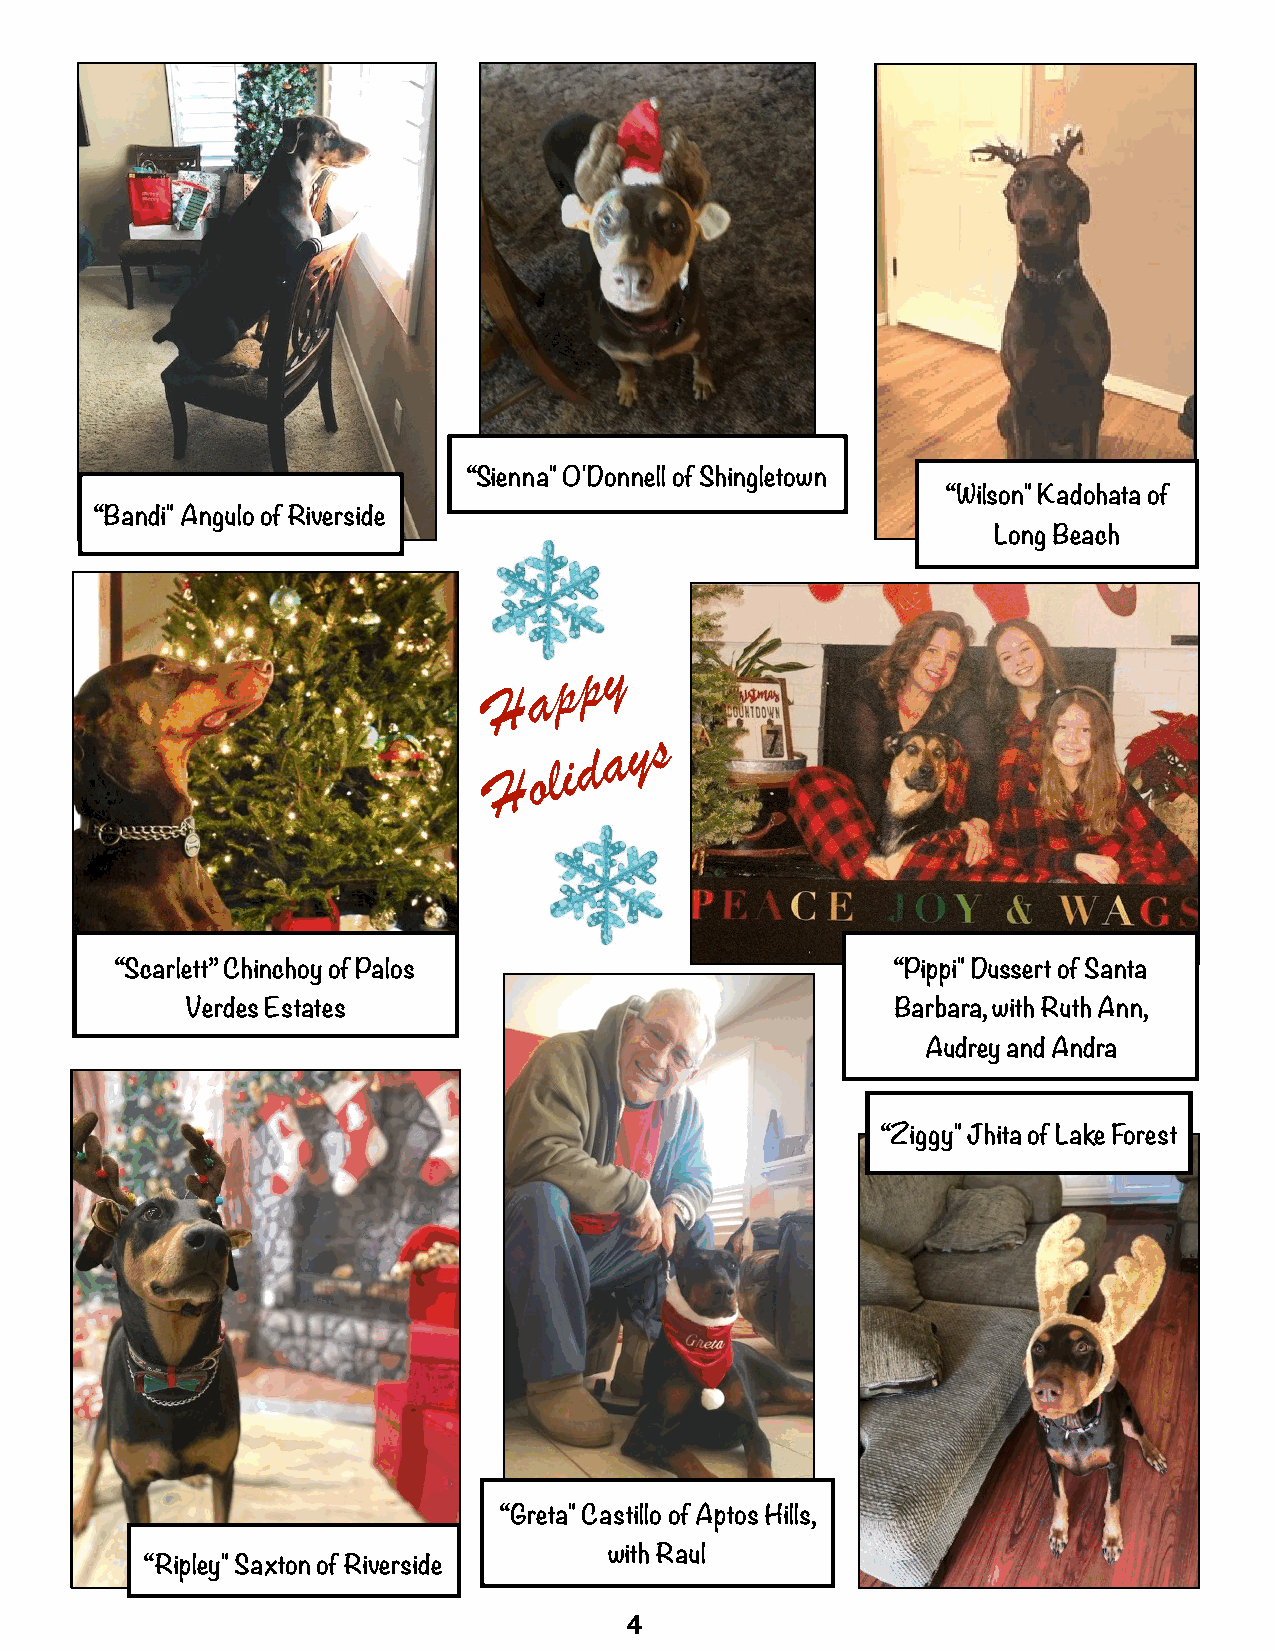
“Sienna" O'Donnell of Shingletown
 “Wilson" Kadohata of
 “Bandi" Angulo of Riverside
 Long Beach
 y
 p
 p
 a
 H
 y s
 a
 d
 H  o l i
 “Scarlett” Chinchoy of Palos                       “Pippi" Dussert of Santa
 Verdes Estates                                 Barbara, with Ruth Ann,
 Audrey and Andra
 “Ziggy" Jhita of Lake Forest
 “Greta" Castillo of Aptos Hills,
 with Raul
 “Ripley" Saxton of Riverside
 4